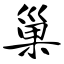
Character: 巢